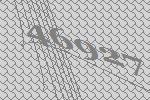
46927